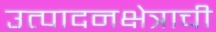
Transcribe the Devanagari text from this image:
उत्पादनक्षेत्राची